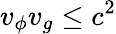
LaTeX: v_{\phi}v_{g}\leq c^{2}